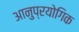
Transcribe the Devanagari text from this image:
आनुप्रयोगिक